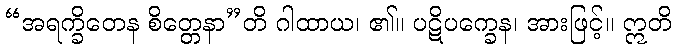
“အရက္ခိတေန စိတ္တေနာ”တိ ဂါထာယ၊ ၏။ ပဋိပက္ခေန၊ အားဖြင့်။ ဣတိ